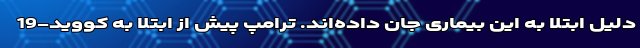
دلیل ابتلا به این بیماری جان داده‌اند. ترامپ پیش از ابتلا به کووید-19